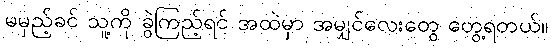
မမှည့်ခင် သူ့ကို ခွဲကြည့်ရင် အထဲမှာ အမျှင်လေးတွေ တွေ့ရတယ်။